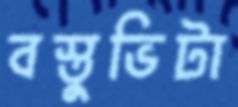
বস্তুভিটা